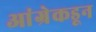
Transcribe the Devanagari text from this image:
आंग्रेकडून